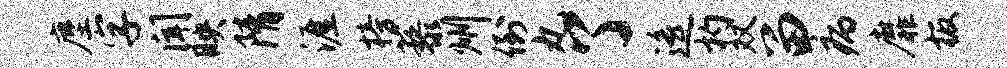
麈字闻映隋涯榜藜州倒丸了遥杓双留病靡板